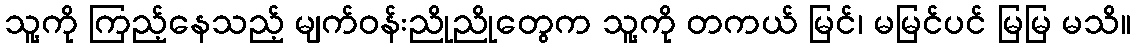
သူ့ကို ကြည့်နေသည့် မျက်ဝန်းညိုညိုတွေက သူ့ကို တကယ် မြင်၊ မမြင်ပင် မြမြ မသိ။